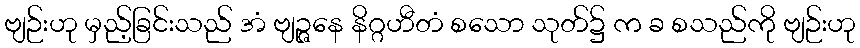
ဗျဉ်းဟု မှည့်ခြင်းသည် အံ ဗျဉ္ဇနေ နိဂ္ဂဟီတံ စသော သုတ်၌ က ခ စသည်ကို ဗျဉ်းဟု